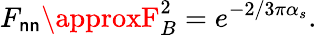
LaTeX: F_{\mathsf{n}\mathsf{n}}\approxF_{B}^{2}=e^{-2/3\pi\alpha_{s}}.